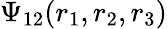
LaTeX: \Psi_{12}(r_{1},r_{2},r_{3})